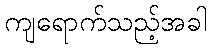
ကျရောက်သည့်အခါ